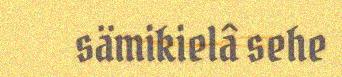
sämikielâ sehe